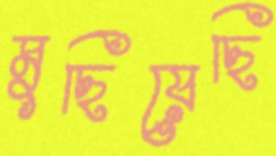
মুছিয়েছি